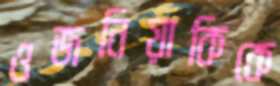
ওজনিয়াকিকে